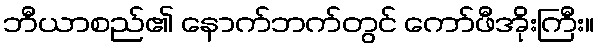
ဘီယာစည်၏ နောက်ဘက်တွင် ကော်ဖီအိုးကြီး။